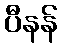
ပီနန်